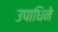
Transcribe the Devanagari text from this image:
उपाधिने